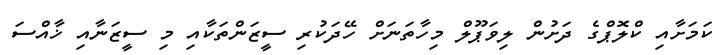
ކަމަށާއި ކްލޮޕްގެ ދަށުން ލިވަޕޫލް މިހާތަނަށް ހޭދަކުރި ސީޒަންތަކާއި މި ސީޒަނާއި ޚާއްސަ